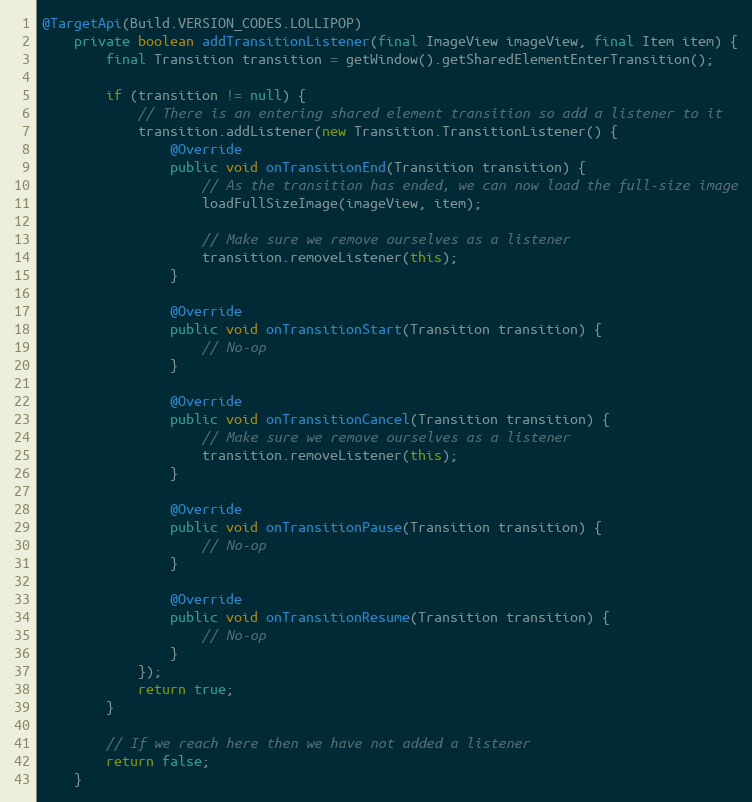
Language: Java
@TargetApi(Build.VERSION_CODES.LOLLIPOP)
    private boolean addTransitionListener(final ImageView imageView, final Item item) {
        final Transition transition = getWindow().getSharedElementEnterTransition();

        if (transition != null) {
            // There is an entering shared element transition so add a listener to it
            transition.addListener(new Transition.TransitionListener() {
                @Override
                public void onTransitionEnd(Transition transition) {
                    // As the transition has ended, we can now load the full-size image
                    loadFullSizeImage(imageView, item);

                    // Make sure we remove ourselves as a listener
                    transition.removeListener(this);
                }

                @Override
                public void onTransitionStart(Transition transition) {
                    // No-op
                }

                @Override
                public void onTransitionCancel(Transition transition) {
                    // Make sure we remove ourselves as a listener
                    transition.removeListener(this);
                }

                @Override
                public void onTransitionPause(Transition transition) {
                    // No-op
                }

                @Override
                public void onTransitionResume(Transition transition) {
                    // No-op
                }
            });
            return true;
        }

        // If we reach here then we have not added a listener
        return false;
    }